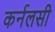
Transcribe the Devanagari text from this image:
कर्नलसी